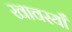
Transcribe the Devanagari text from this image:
खावस्याँ